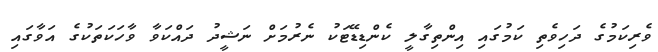
ވެރިކަމުގެ ދަހިވެތި ކަމުގައި އިންތިގާލީ ކެންޑިޑޭޓަކު ނެރުމަށް ނަޝީދު ދައްކަވާ ވާހަކަތަކުގެ އަވާގައި